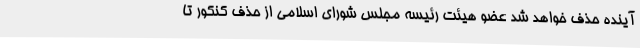
آینده حذف خواهد شد عضو هیئت رئیسه مجلس شورای اسلامی از حذف کنکور تا